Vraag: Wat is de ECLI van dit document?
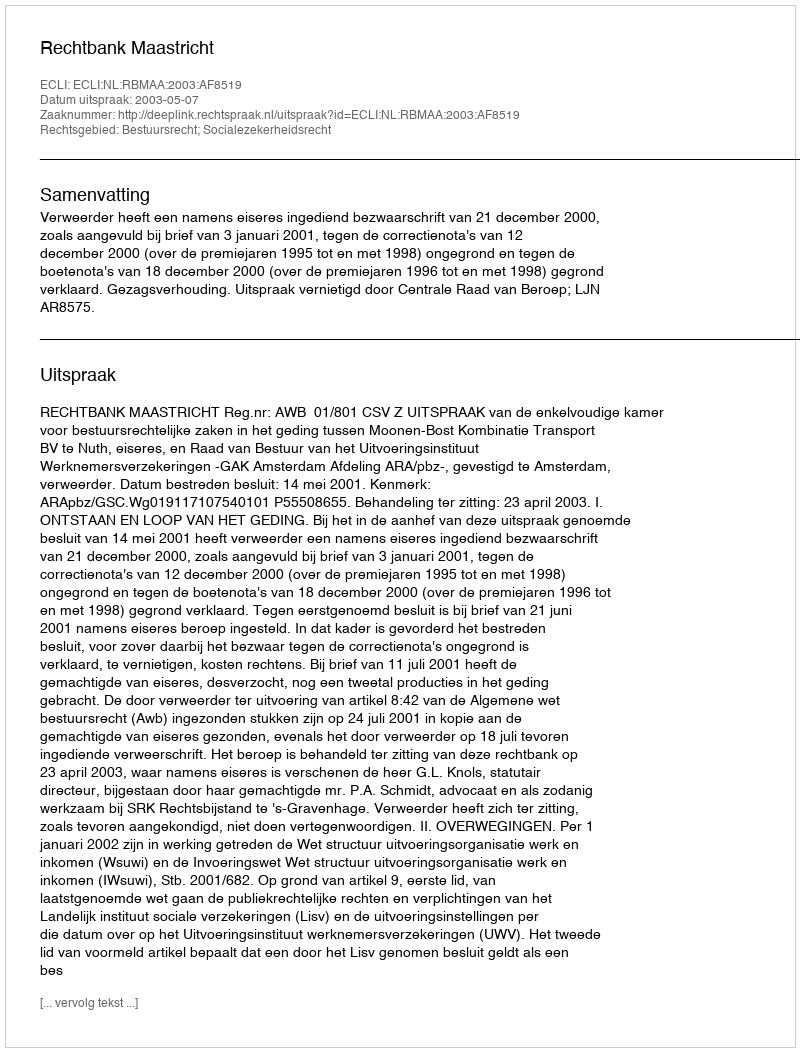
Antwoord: ECLI:NL:RBMAA:2003:AF8519